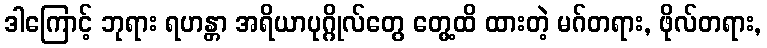
ဒါကြောင့် ဘုရား ရဟန္တာ အရိယာပုဂ္ဂိုလ်တွေ တွေ့ထိ ထားတဲ့ မဂ်တရား, ဖိုလ်တရား,